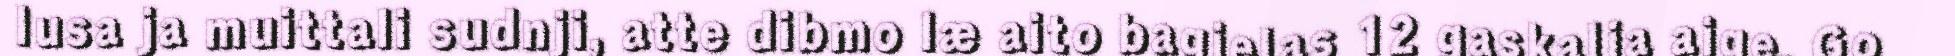
lusa ja muittali sudnji, atte dibmo læ aito bagjelas 12 gaskalja aige. Go